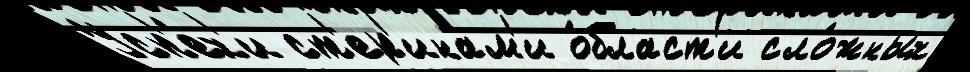
Усп'е́х'и ст'ер'инам'и о́бласт'и сло́жных